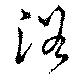
浴